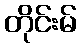
တိုင်းမ်